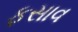
ફસાવ